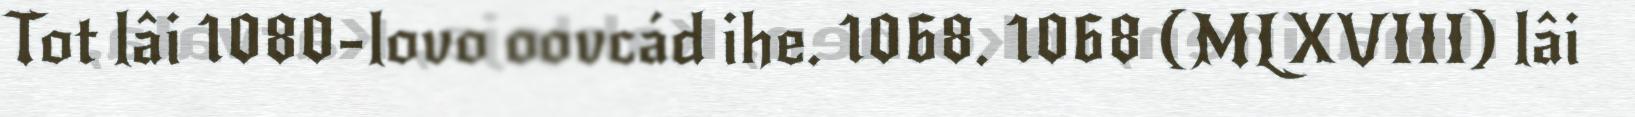
Tot lâi 1080-lovo oovcád ihe. 1068. 1068 (MLXVIII) lâi